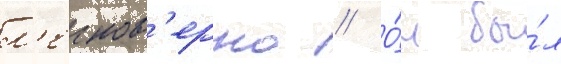
л'егков'ерно // О́н бы́л